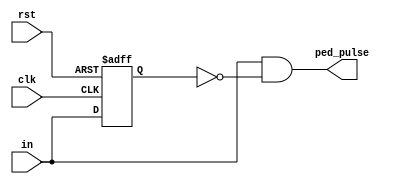
`timescale 1ns / 1ps
//////////////////////////////////////////////////////////////////////////////////
// Company: 
// Engineer: 
// 
// Design Name: 
// Module Name: pos_edge_detect
// Project Name: 
// Target Devices: 
// Tool Versions: 
// Description: 
// 
// Dependencies: 
// 
// Revision:
// Revision 0.01 - File Created
// Additional Comments:
// 
//////////////////////////////////////////////////////////////////////////////////

//ensures that only when the button is pressed (turns from 0 to 1) will it send its signal
//not when it goes from 1 to 0

module pos_edge_detect(
    input clk,
    input rst,
    input in, //input signal received from our ten bit shift register
    output ped_pulse //output signal that is high active when at the posedge of the clk
    );               //in is 1, while Q is the opposite or 0
    
    reg Q;
    
    always@(posedge clk, posedge rst) begin
        if (rst)
            Q <= 1'b0;
        else
            Q <= in; //Q copies the value of in
    end
    
    assign ped_pulse = in & ~Q; 
       
endmodule